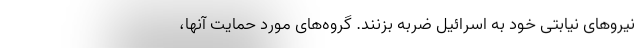
نیروهای نیابتی خود به اسرائیل ضربه بزنند. گروه‌های مورد حمایت آنها،